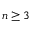
n \geq 3